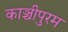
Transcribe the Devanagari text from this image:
काञ्चीपुरम